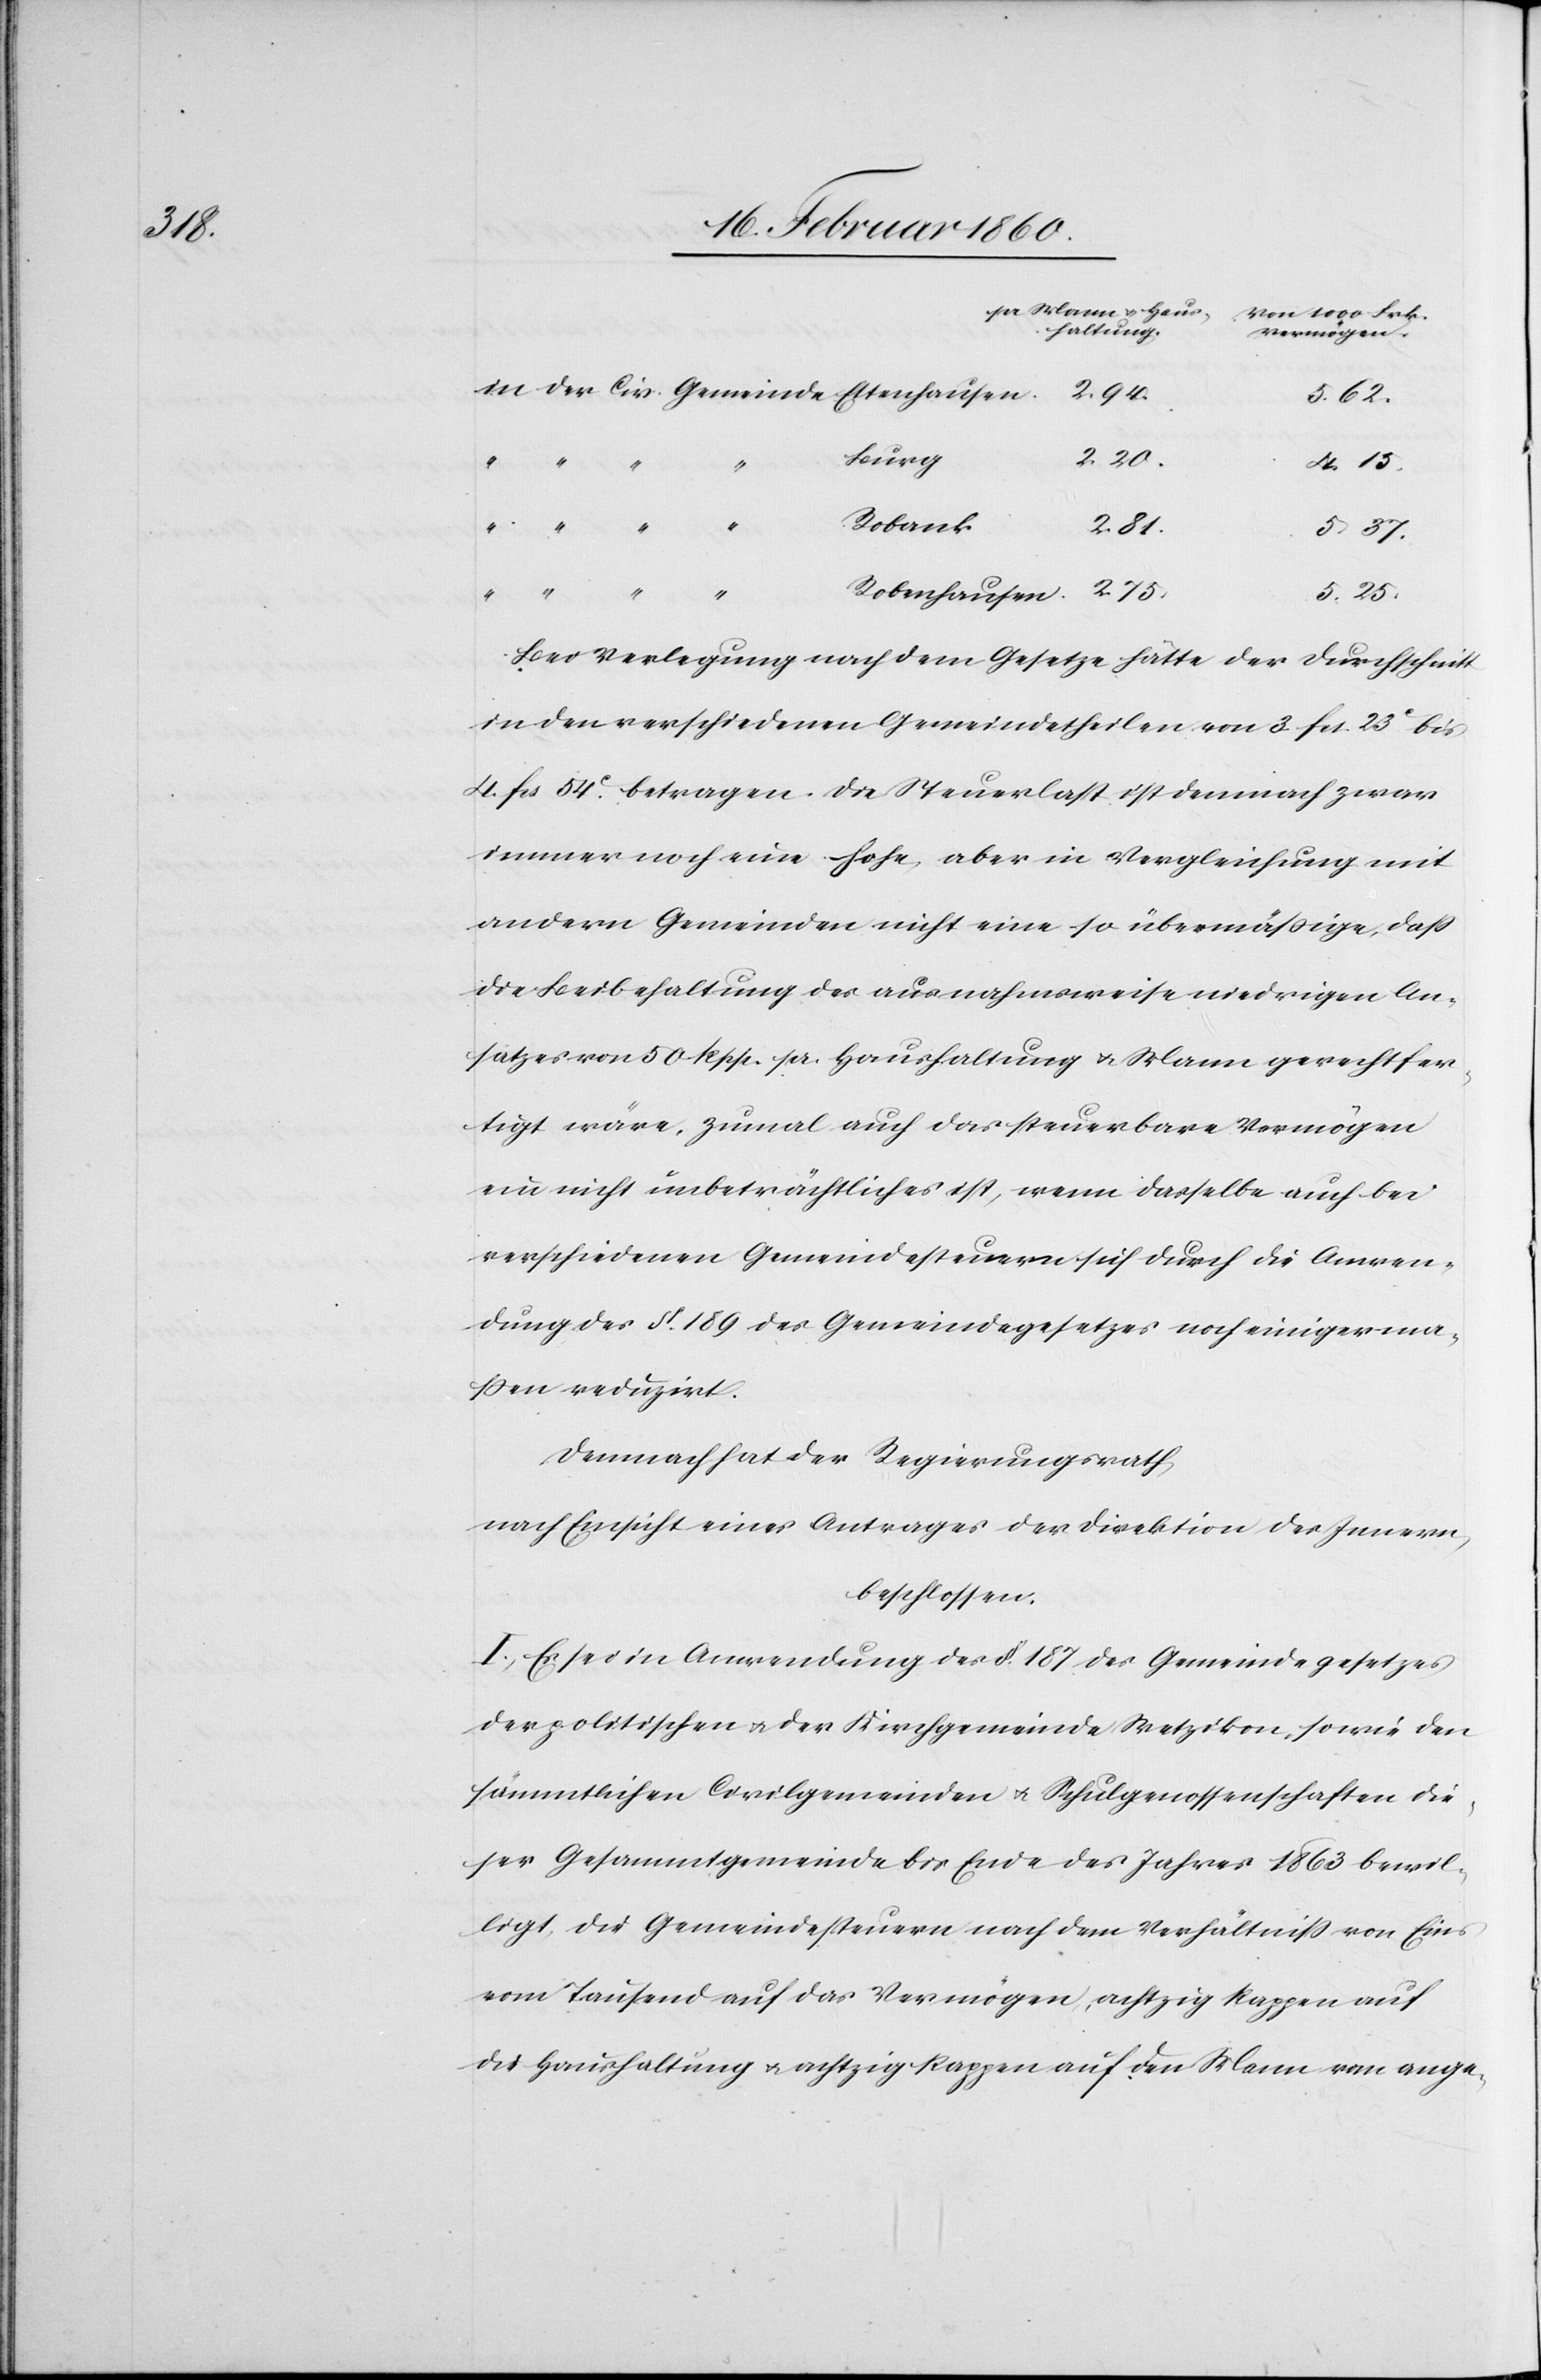
u.

von 1000 Frk.
haltung.
Vermögen
5. 62.
Burg
Robank
2. 81.
5. 37.
Robenhausen
5. 25.
Bei Verlegung nach dem Gesetzte hätte der Durchschnitt
in den verschiedenen Gemeindetheilen von 3 fcs 23C bis
4 fcs 54C betragen. Die Steuerlast ist demnach zwar
immer noch eine hohe, aber in Vergleichung mit
andern Gemeinden nicht eine so übermäßige, dass
die Beibehaltung des ausnahmsweise niedrigen An¬
satzes von 50 Rpp pr. Haushaltung u. Mann gerechtfer¬
tigt wäre, zumal auch das steuerbare Vermögen
ein nicht unbeträchtliches ist, wenn dasselbe auch bei
verschiedenen Gemeindesteuern sich durch die Anwen¬
dung des §. 189. des Gemeindegesetzes noch einigerma¬
ßen reduzirt.
Demnach hat der Regierungsrath,
nach Einsicht eines Antrages der Direktion des Innern,
beschlossen:
I. Es sei in Anwendung des §. 187. des Gemeindegesetzes
der politischen u. der Kirchgemeinde Wetzikon, sowie der
sämmtlichen Civilgemeinde u. Schulgenossenschaften die¬
ser Gesammtgemeinde bis Ende des Jahres 1863 bewil¬
ligt die Gemeindesteuern nach dem Verhältniss von Eins
von Tausend auf das Vermögen, achtzig Rappen auf
die Haushaltung u. achtzig Rappen auf den Mann vom ange-